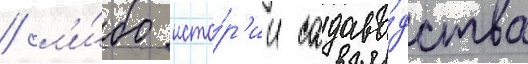
/ л'и́бо исто́р'ии садово́дства